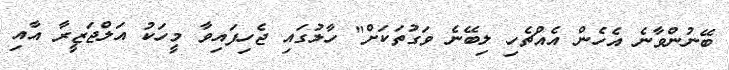
ބޭނުންވާނެ އެހެން އެއްޗެހި ލިބޭނެ ވަގުތަކަށް" ހާލުގައި ޖެހިފައިވާ މީހަކު އަލްޖަޒީރާ އާއި